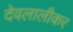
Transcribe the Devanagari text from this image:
देवलालीकर